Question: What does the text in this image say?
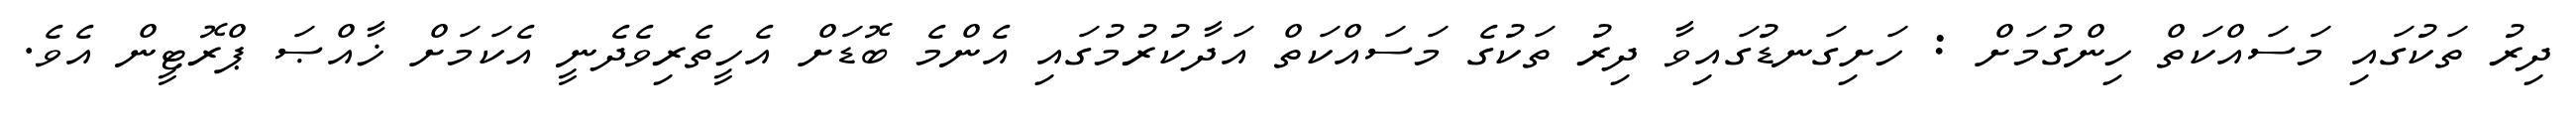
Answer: ދިރު ތަކުގައި މަސައްކަތް ހިންގުމަށް : ހަށިގަނޑުގައިވާ ދިރު ތަކުގެ މަސައްކަތް އަދާކުރުމުގައި އެންމެ ބޮޑަށް އެހީތެރިވެދެނީ އެކަމަށް ޚާއްޞަ ޕްރޮޓީން އެވެ.